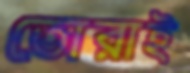
তোরাই